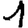
Digit: 1